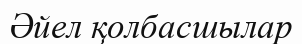
Әйел қолбасшылар